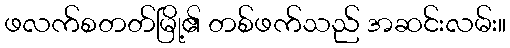
ဖလက်စတတ်မြို့၏ တစ်ဖက်သည် အဆင်းလမ်း။